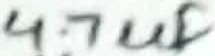
Text: 4.7uF